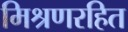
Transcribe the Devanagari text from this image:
मिश्रणरहित